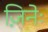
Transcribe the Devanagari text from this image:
ज़िनेः